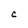
Character: C